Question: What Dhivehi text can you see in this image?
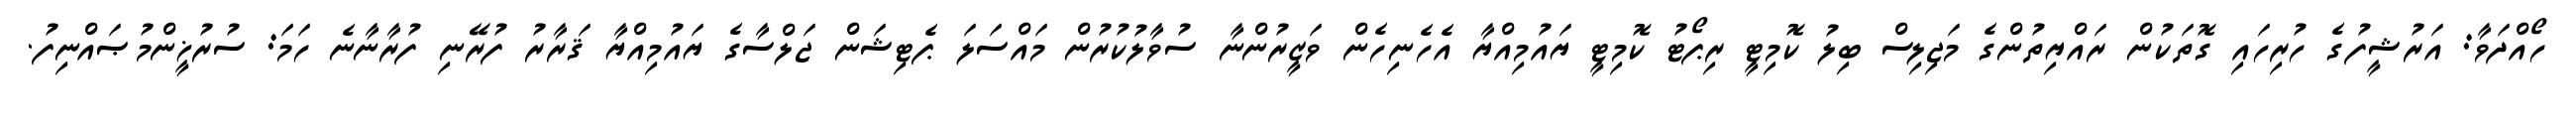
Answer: ހޯއްދަވާ: އަރުޝީފުގެ ހުރިހައި ގޮތަކުން ރައްޔިތުންގެ މަޖިލިސް ބިލު ކޮމިޓީ ރިޕޯޓު ކޮމިޓީ ޔައުމިއްޔާ އެހެނިހެން ވަޒީރުންނާ ސުވާލުކުރުން މައްސަލަ ޕެޓިޝަން ޖަލްސާގެ ޔައުމިއްޔާ ޤަރާރު ފުރޭނި ފުރާނާނެ ހަމަ: ސުރުޚީންމުޞައްނިފު.